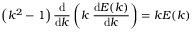
\left( k ^ { 2 } - 1 \right) { \frac { \mathrm { d } } { \mathrm { d } k } } \left( k \; { \frac { \mathrm { d } E ( k ) } { \mathrm { d } k } } \right) = k E ( k )